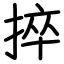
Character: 捽